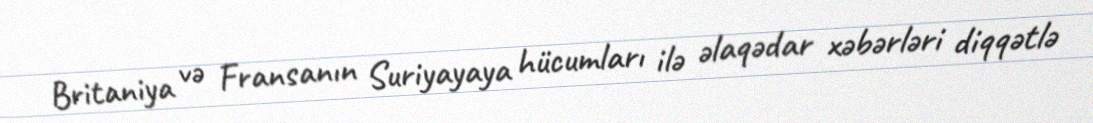
Britaniya və Fransanın Suriyayaya hücumları ilə əlaqədar xəbərləri diqqətlə